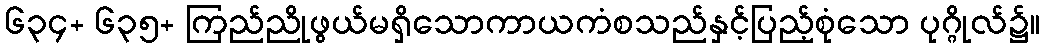
၆၃၄+ ၆၃၅+ ကြည်ညိုဖွယ်မရှိသောကာယကံစသည်နှင့်ပြည့်စုံသော ပုဂ္ဂိုလ်၌။